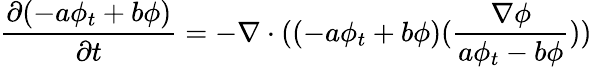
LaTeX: \frac{\partial(-a\phi_{t}+b\phi)}{\partial t}=-\nabla\cdot((-a\phi_{t}+b\phi)(\frac{\nabla\phi}{a\phi_{t}-b\phi}))